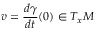
v = { \frac { d \gamma } { d t } } ( 0 ) \in T _ { x } M